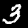
Label: 3